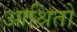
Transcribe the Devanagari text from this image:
आश्रितो